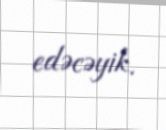
edəcəyik.